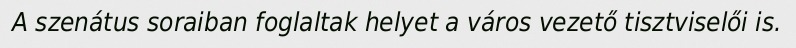
A szenátus soraiban foglaltak helyet a város vezető tisztviselői is.